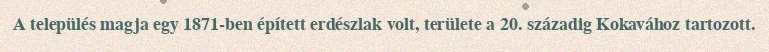
A település magja egy 1871-ben épített erdészlak volt, területe a 20. századig Kokavához tartozott.